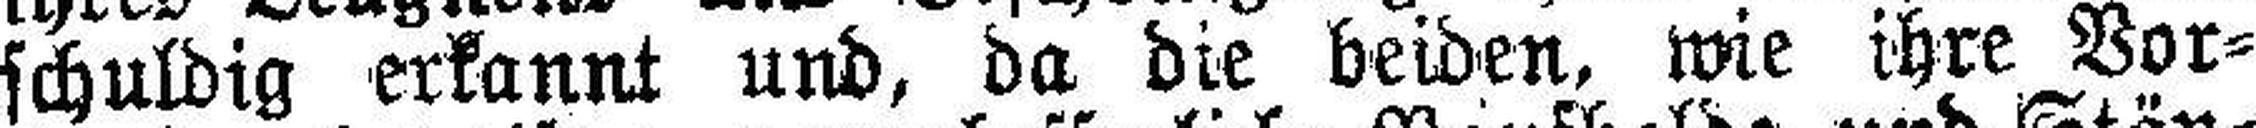
schuldig erkannt und, da die beiden, wie ihre Vor¬